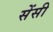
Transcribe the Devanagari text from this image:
सेंसी